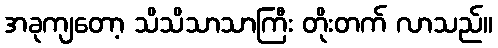
အခုကျတော့ သိသိသာသာကြီး တိုးတက် လာသည်။